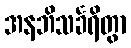
အနဘိသင်္ခရိတွာ